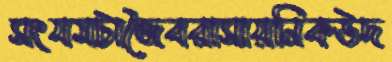
সংযমটাজৈবরাসায়নিকউদ